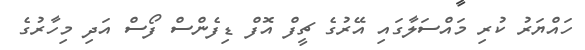
ހައްޔަރު ކުރި މައްސަލާގައި އޭރުގެ ޗީފް އޮފް ޑިފެންސް ފޯސް އަދި މިހާރުގެ